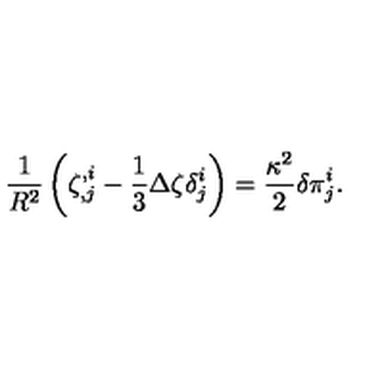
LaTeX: { \frac { 1 } { R ^ { 2 } } } \left( \zeta _ { , j } ^ { , i } - { \frac { 1 } { 3 } } \Delta \zeta \delta _ { j } ^ { i } \right) = { \frac { \kappa ^ { 2 } } { 2 } } \delta \pi _ { j } ^ { i } .